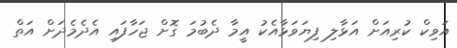
އަވިކް ކުރިއަށް އަޅާލި ފިޔަވަޅާއެކު އީމާ ދެބުމަ ގޮށް ޖަހާފައި އެދެމެދަށް އަތް